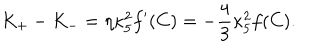
K _ { + } - K _ { - } = \eta \kappa _ { 5 } ^ { 2 } f ^ { \prime } ( C ) = - { \frac { 4 } { 3 } } \kappa _ { 5 } ^ { 2 } f ( C ) .